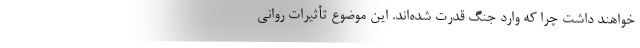
خواهند داشت چرا که وارد جنگ قدرت شده‌اند. این موضوع تأثیرات روانی